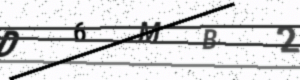
Text: D6MB2